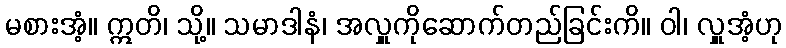
မစားအံ့။ ဣတိ၊ သို့။ သမာဒါနံ၊ အလှူကိုဆောက်တည်ခြင်းကိ။ ဝါ၊ လှူအံ့ဟု